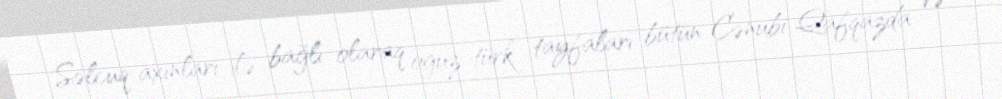
Səlcuq axınları ilə bağlı olaraq oğuz-türk tayfaları bütün Cənubi Qafqazda və